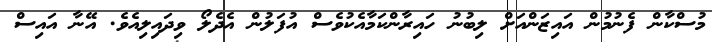
މުސްކާން ފެނުމުން އައިޒަންއަށް ލިބުނު ހައިރާންކަމާއެކުވެސް އުފަލުން އެދެލޯ ވިދައިލިއެވެ. އޭނާ އައިސް